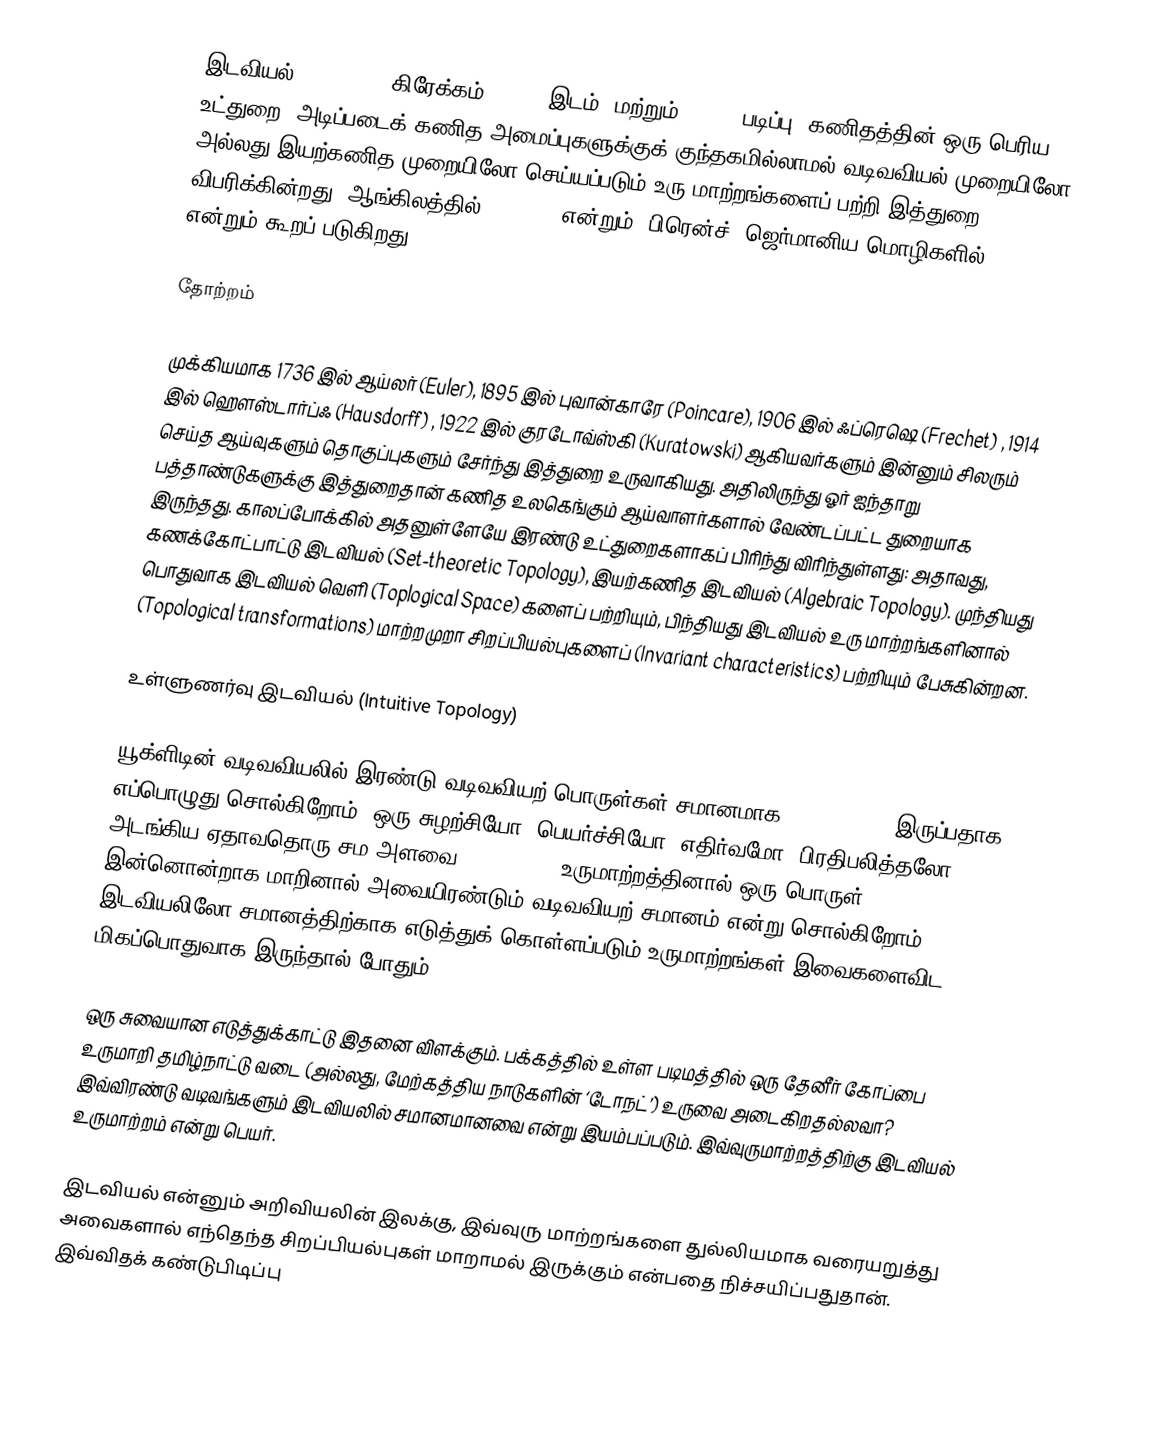
இடவியல்(Topology) (கிரேக்கம் τόπος, இடம், மற்றும் λόγος, படிப்பு) கணிதத்தின் ஒரு பெரிய உட்துறை. அடிப்படைக் கணித அமைப்புகளுக்குக் குந்தகமில்லாமல் வடிவவியல் முறையிலோ அல்லது இயற்கணித முறையிலோ செய்யப்படும் உரு மாற்றங்களைப் பற்றி இத்துறை விபரிக்கின்றது. ஆங்கிலத்தில் Topology என்றும், பிரென்ச், ஜெர்மானிய மொழிகளில் Topologie என்றும் கூறப் படுகிறது.

தோற்றம்

முக்கியமாக 1736 இல் ஆய்லர் (Euler), 1895 இல் புவான்காரே (Poincare), 1906 இல் ஃப்ரெஷெ (Frechet) , 1914 இல் ஹௌஸ்டார்ப்ஃ (Hausdorff) , 1922 இல் குரடோவ்ஸ்கி (Kuratowski) ஆகியவர்களும் இன்னும் சிலரும் செய்த ஆய்வுகளும் தொகுப்புகளும் சேர்ந்து இத்துறை உருவாகியது. அதிலிருந்து ஓர் ஐந்தாறு பத்தாண்டுகளுக்கு இத்துறைதான் கணித உலகெங்கும் ஆய்வாளர்களால் வேண்டப்பட்ட துறையாக இருந்தது. காலப்போக்கில் அதனுள்ளேயே இரண்டு உட்துறைகளாகப் பிரிந்து விரிந்துள்ளது: அதாவது, கணக்கோட்பாட்டு இடவியல் (Set-theoretic Topology), இயற்கணித இடவியல் (Algebraic Topology). முந்தியது பொதுவாக இடவியல் வெளி (Toplogical Space) களைப் பற்றியும், பிந்தியது இடவியல் உரு மாற்றங்களினால் (Topological transformations) மாற்றமுறா சிறப்பியல்புகளைப் (Invariant characteristics) பற்றியும் பேசுகின்றன.

உள்ளுணர்வு இடவியல் (Intuitive Topology)

யூக்ளிடின் வடிவவியலில் இரண்டு வடிவவியற் பொருள்கள் சமானமாக (equivalent) இருப்பதாக எப்பொழுது சொல்கிறோம்? ஒரு சுழற்சியோ, பெயர்ச்சியோ, எதிர்வமோ (பிரதிபலித்தலோ) அடங்கிய ஏதாவதொரு சம அளவை (Isometric) உருமாற்றத்தினால் ஒரு பொருள் இன்னொன்றாக மாறினால் அவையிரண்டும் வடிவவியற் சமானம் என்று சொல்கிறோம். இடவியலிலோ சமானத்திற்காக எடுத்துக் கொள்ளப்படும் உருமாற்றங்கள் இவைகளைவிட மிகப்பொதுவாக இருந்தால் போதும்.

ஒரு சுவையான எடுத்துக்காட்டு இதனை விளக்கும். பக்கத்தில் உள்ள படிமத்தில் ஒரு தேனீர் கோப்பை உருமாறி தமிழ்நாட்டு வடை (அல்லது, மேற்கத்திய நாடுகளின் ‘டோநட்’) உருவை அடைகிறதல்லவா? இவ்விரண்டு வடிவங்களும் இடவியலில் சமானமானவை என்று இயம்பப்படும். இவ்வுருமாற்றத்திற்கு இடவியல் உருமாற்றம் என்று பெயர்.

இடவியல் என்னும் அறிவியலின் இலக்கு, இவ்வுரு மாற்றங்களை துல்லியமாக வரையறுத்து அவைகளால் எந்தெந்த சிறப்பியல்புகள் மாறாமல் இருக்கும் என்பதை நிச்சயிப்பதுதான். இவ்விதக் கண்டுபிடிப்பு